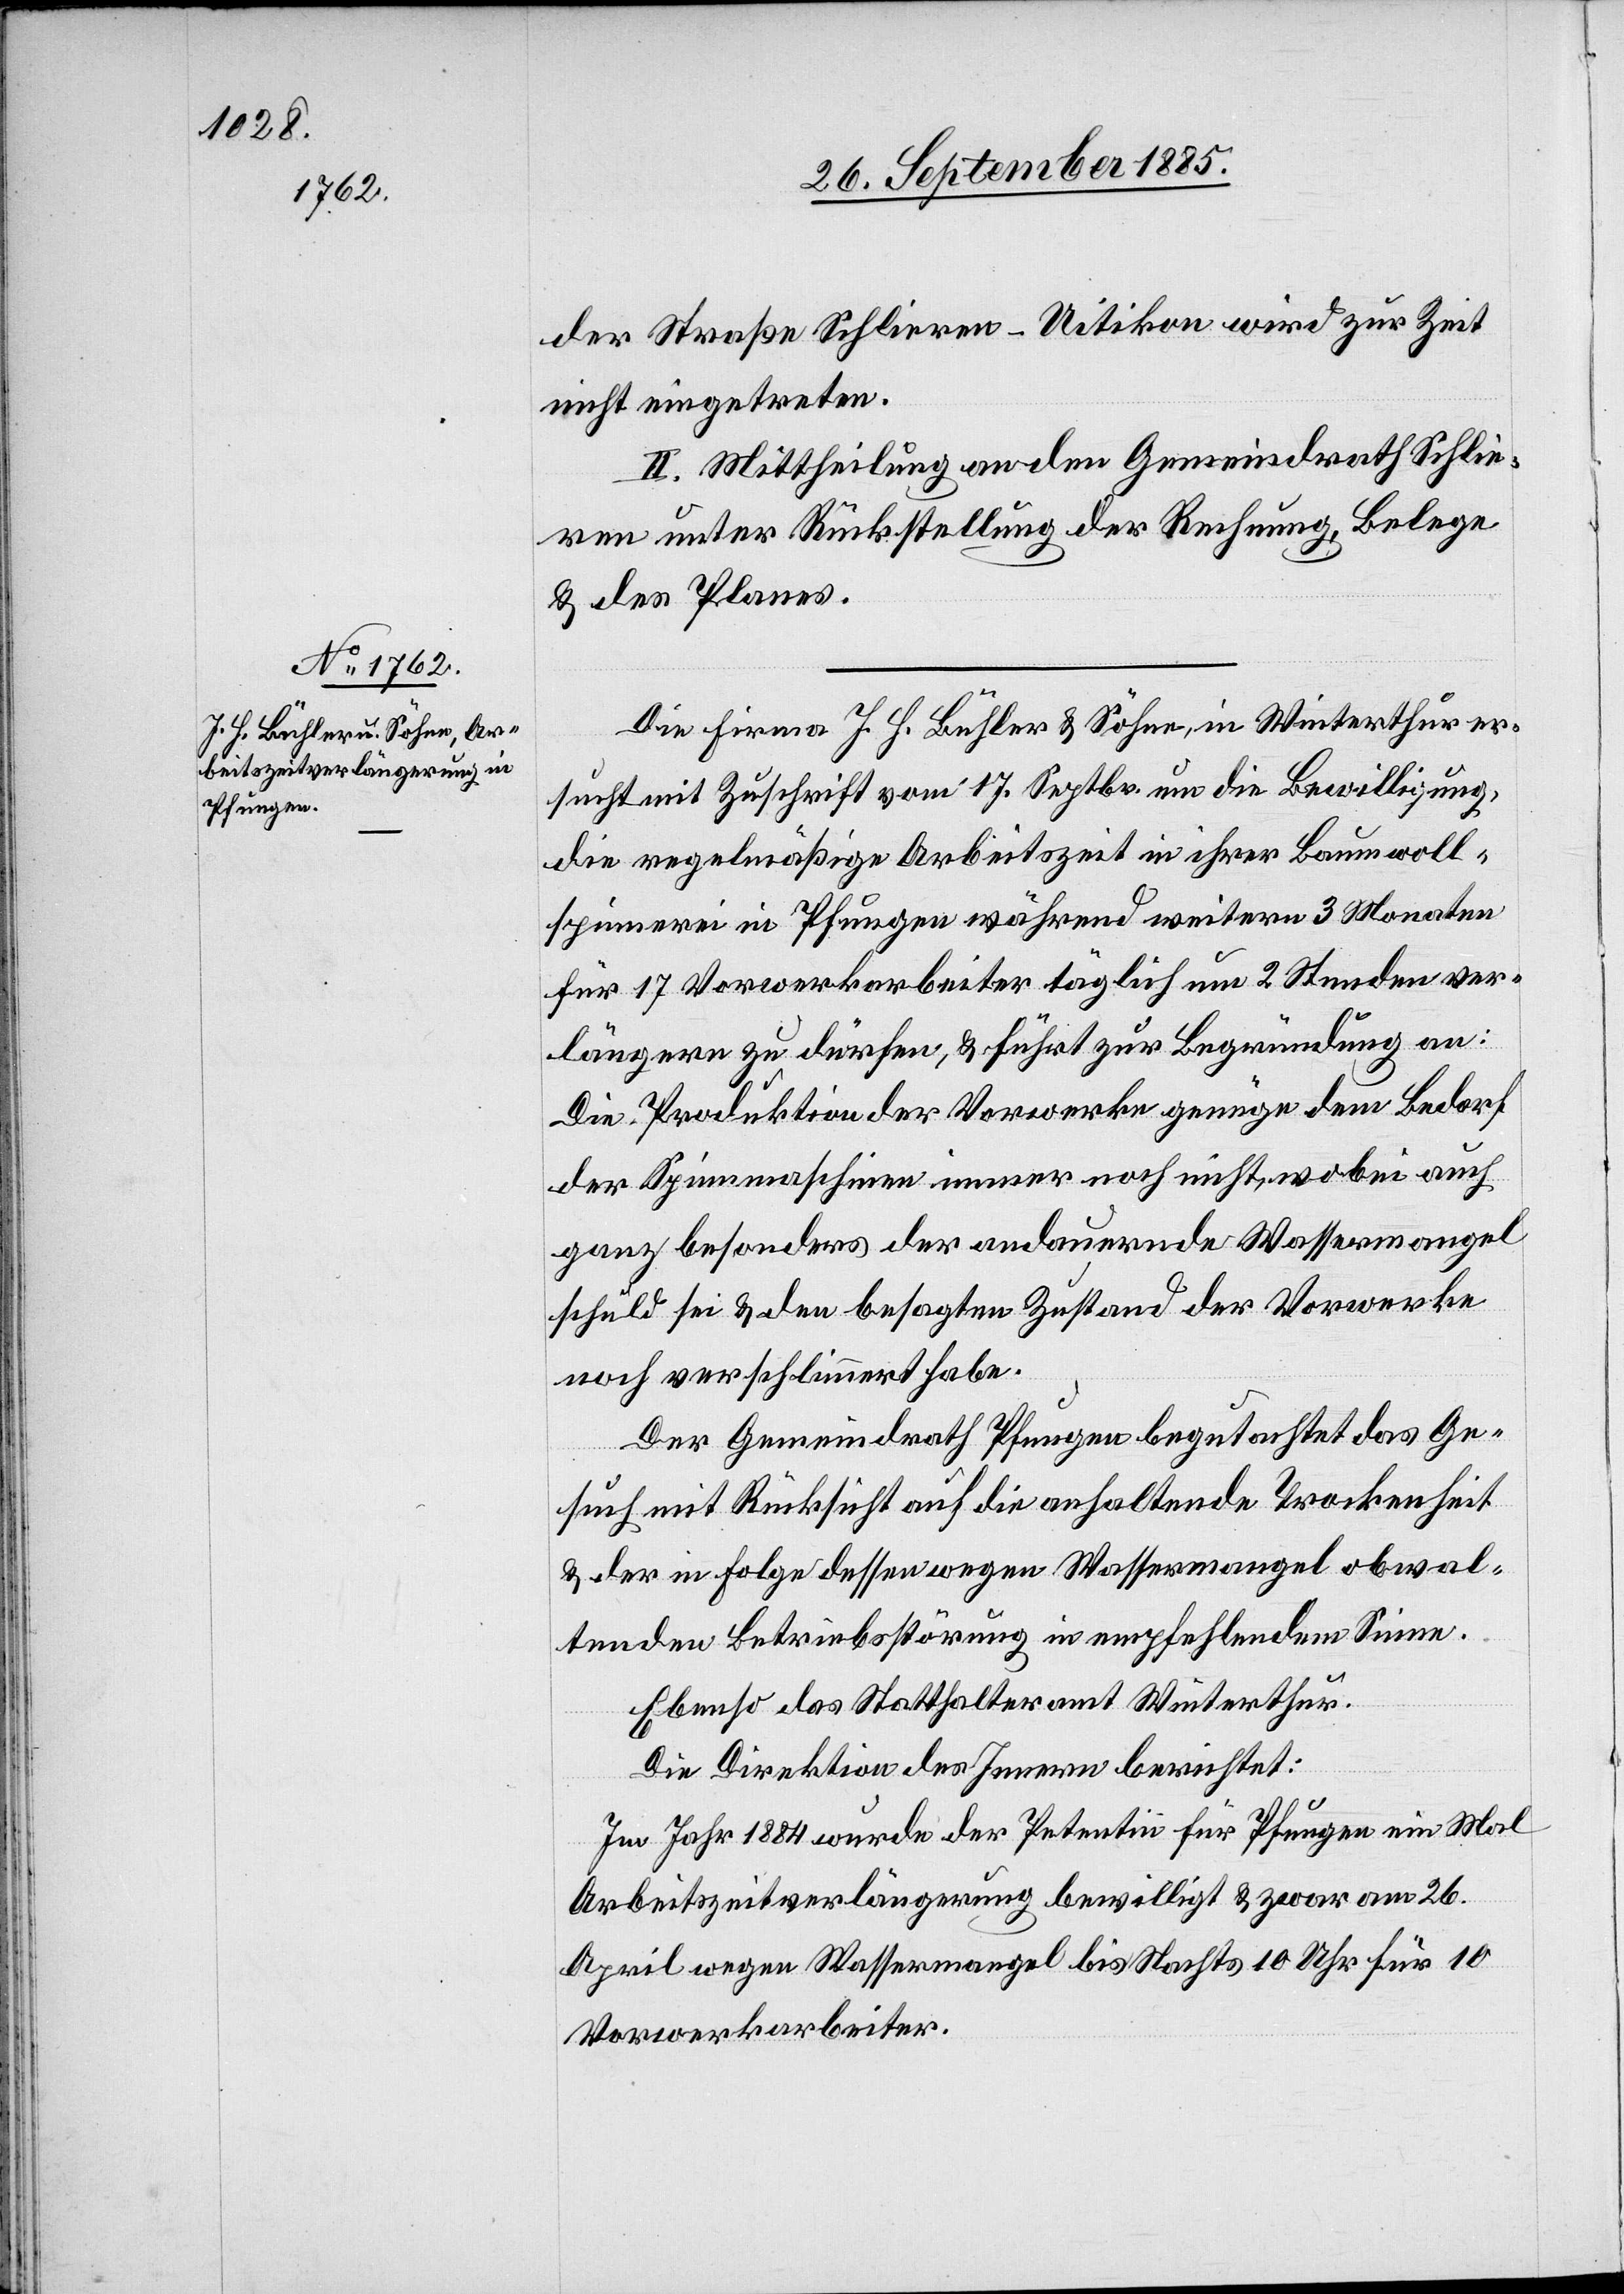
der Straße Schlieren–Uitikon wird zur Zeit
nicht eingetreten.
II. Mittheilung an den Gemeindrath Schlie¬
ren unter Rückstellung der Rechnung, Belege
& des Planes.
Die Firma J. H. Bühler & Söhne, in Winterthur er¬
sucht mit Zuschrift vom 17. Septbr. um die Bewilligung,
die regelmäßige Arbeitszeit in ihrer Baumwoll¬
spinnerei in Pfungen während weitern 3 Monaten
für 17 Vorwerkarbeiter täglich um 2 Stunden ver¬
längern zu dürfen, & führt zur Begründung an:
Die Produktion der Vorwerke genüge dem Bedarf
der Spinnmaschine immer noch nicht, wobei auch
ganz besonders der andauernde Wassermangel
schuld sei & den besagten Zustand der Vorwerke
noch verschlimmert habe.
Der Gemeindrath Pfungen begutachtet das Ge¬
such mit Rücksicht auf die anhaltende Trockenheit
& der in Folge dessen wegen Wassermangel obwal¬
tenden Betriebsstörung in empfehlendem Sinne.
Ebenso das Statthalteramt Winterthur.
Die Direktion des Innern berichtet:
Im Jahr 1884 wurde der Petentin für Pfungen ein Mal
Arbeitszeitverlängerung bewilligt & zwar am 26.
April wegen Wassermangel bis Nachts 10 Uhr für 10
Vorwerkarbeiter.